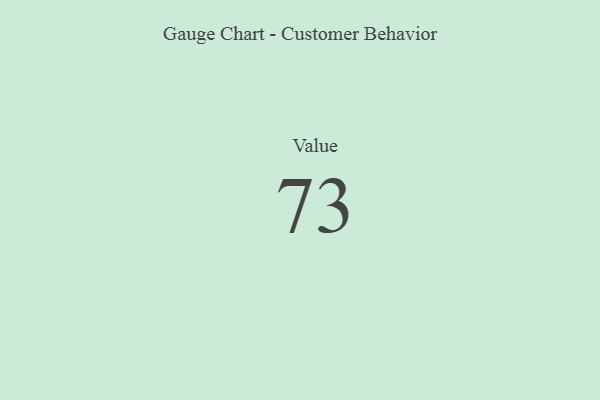
{"axis": {"x": "Metric", "y": "Value"}, "legend": [""], "data": [{"x": "Value", "y": 73, "type": ""}]}